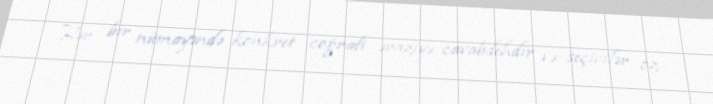
Hər bir nümayəndə konkret coğrafi əraziyə cavabdehdir və seçicilər öz